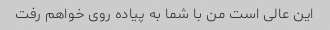
این عالی است من با شما به پیاده روی خواهم رفت